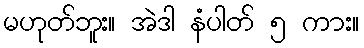
မဟုတ်ဘူး။ အဲဒါ နံပါတ် ၅ ကား။